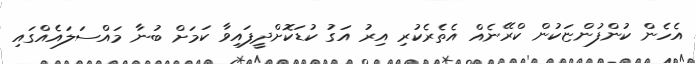
އެހެން ކުންފުންޏަކުން ކްރޭނެއް އެތެރެކުރި އިރު އަގު ކުޑަކޮށްދީފައިވާ ކަމަށް ބުނާ މައްސަލައެއްގައި